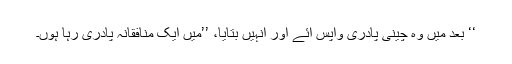
‘‘ بعد میں وہ چینی پادری واپس آئے اور اُنہیں بتایا، ’’میں ایک منافقانہ پادری رہا ہوں۔